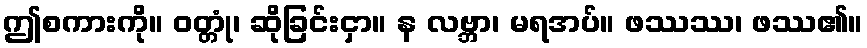
ဤစကားကို။ ဝတ္တုံ၊ ဆိုခြင်းငှာ။ န လဗ္ဘာ၊ မရအပ်။ ဖဿဿ၊ ဖဿ၏။